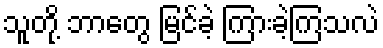
သူတို့ ဘာတွေ မြင်ခဲ့ ကြားခဲ့ကြသလဲ